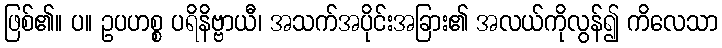
ဖြစ်၏။ ပ။ ဥပဟစ္စ ပရိနိဗ္ဗာယီ၊ အသက်အပိုင်းအခြား၏ အလယ်ကိုလွန်၍ ကိလေသာ